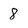
Character: 8